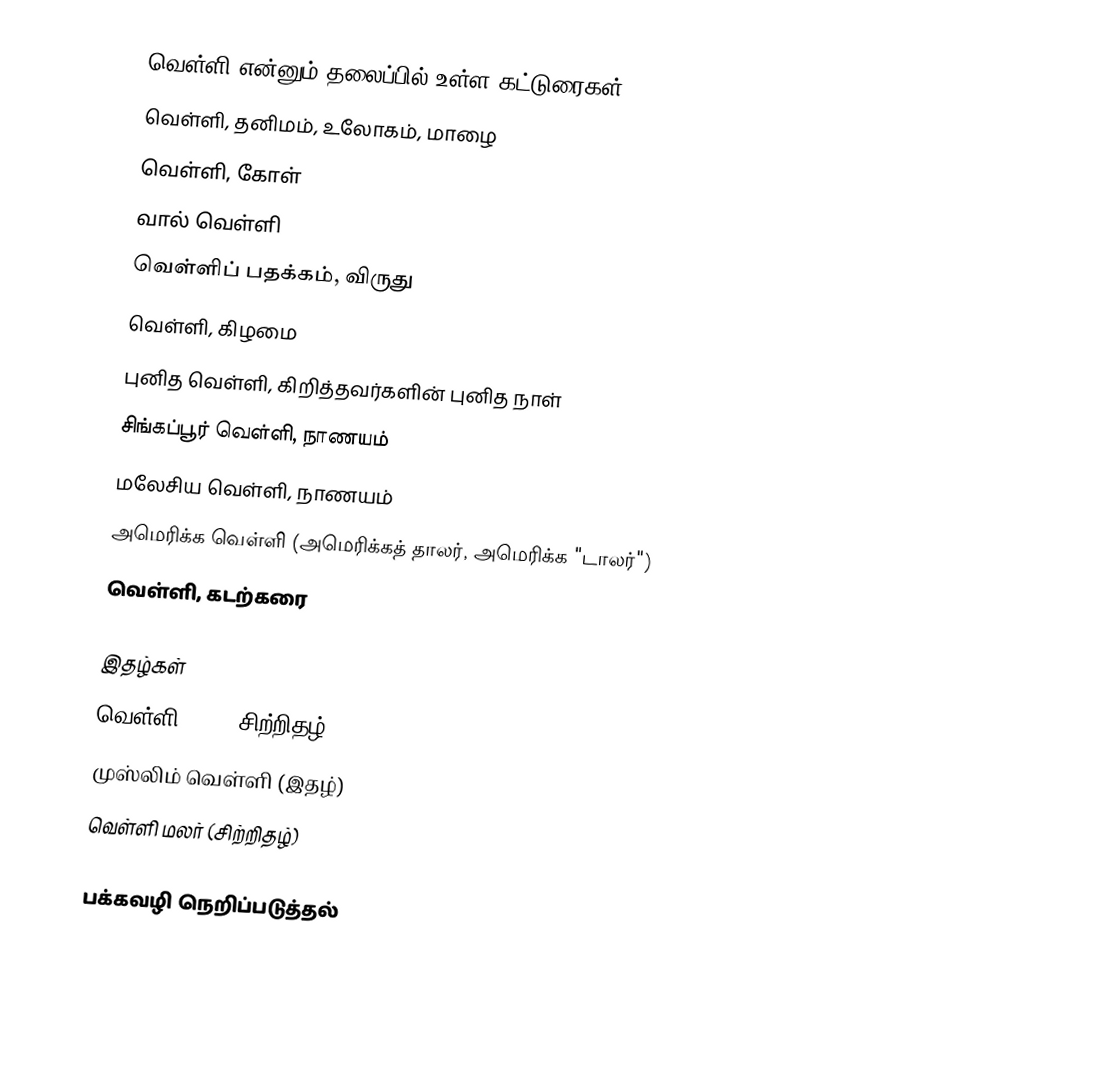
வெள்ளி என்னும் தலைப்பில் உள்ள கட்டுரைகள்:
வெள்ளி, தனிமம், உலோகம், மாழை
வெள்ளி, கோள்
வால் வெள்ளி
வெள்ளிப் பதக்கம், விருது
வெள்ளி, கிழமை
புனித வெள்ளி, கிறித்தவர்களின் புனித நாள்
சிங்கப்பூர் வெள்ளி, நாணயம்
மலேசிய வெள்ளி, நாணயம்
அமெரிக்க வெள்ளி (அமெரிக்கத் தாலர், அமெரிக்க "டாலர்")
வெள்ளி, கடற்கரை

இதழ்கள்
வெள்ளி (1945 சிற்றிதழ்)
முஸ்லிம் வெள்ளி (இதழ்)
வெள்ளி மலர் (சிற்றிதழ்)

பக்கவழி நெறிப்படுத்தல்